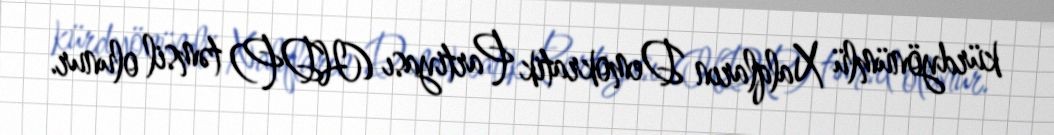
kürdyönümlü Xalqların Demokratik Partiyası (HDP) təmsil olunur.